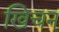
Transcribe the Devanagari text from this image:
खिचन